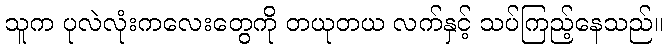
သူက ပုလဲလုံးကလေးတွေကို တယုတယ လက်နှင့် သပ်ကြည့်နေသည်။